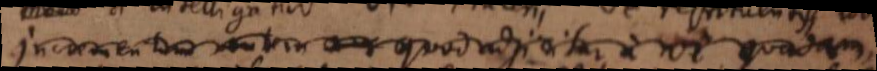
incrementum autem quod adjicitur a vi quadam,